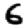
Digit: 6